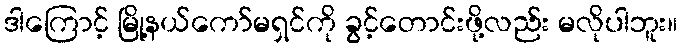
ဒါကြောင့် မြို့နယ်ကော်မရှင်ကို ခွင့်တောင်းဖို့လည်း မလိုပါဘူး။